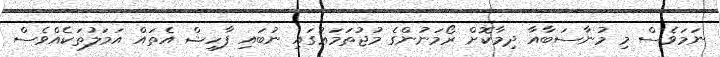
ނަމަވެސް މި މުނާސަބާއާ ދިމާކޮށް ރޯމަނުންގެ މުޖުތަމަޢުގައި ނުބައި ފާހިޝް އެތައް އަމަލުތަކެއްވެސް